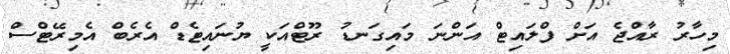
މިހާރު ރާއްޖެ އަށް ފްލައިޓް އަންނަ މައިގަނޑު ރޫޓްއަކީ ޔުނައިޓެޑް އެރެބް އެމިރޭޓްސް